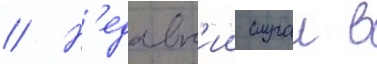
// Н'едавн'ии случаи в